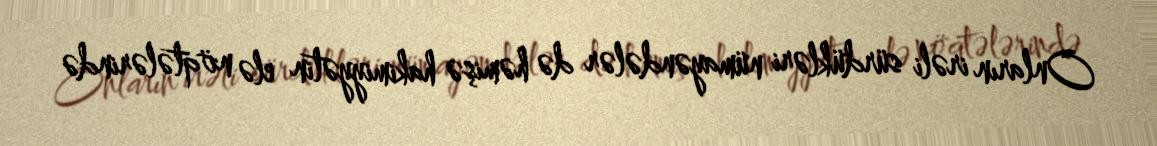
Onların irəli sürdükləri nümayəndələr də həmişə hakimiyyətin elə nöqtələrində